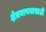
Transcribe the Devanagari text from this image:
क्षेत्रमापनासाठी